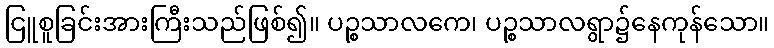
ငြူစူခြင်းအားကြီးသည်ဖြစ်၍။ ပဉ္စသာလကေ၊ ပဉ္စသာလရွာ၌နေကုန်သော။